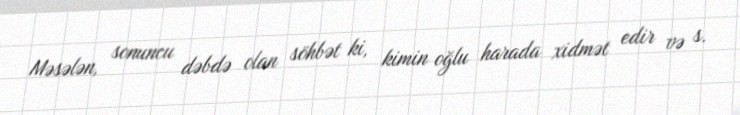
Məsələn, sonuncu dəbdə olan söhbət ki, kimin oğlu harada xidmət edir və s.